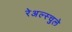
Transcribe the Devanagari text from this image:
रेअल्स्चुले